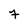
Character: 7